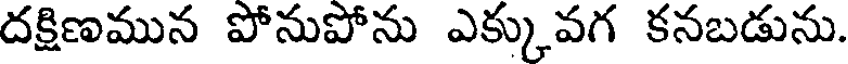
దక్షిణమున పోనుపోను ఎక్కువగ కనబడును.